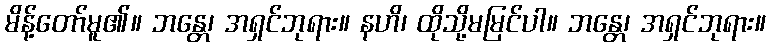
မိန့်တော်မူ၏။ ဘန္တေ၊ အရှင်ဘုရား။ နဟိ၊ ထိုသို့မမြင်ပါ။ ဘန္တေ၊ အရှင်ဘုရား။